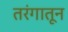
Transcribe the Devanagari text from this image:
तरंगातून